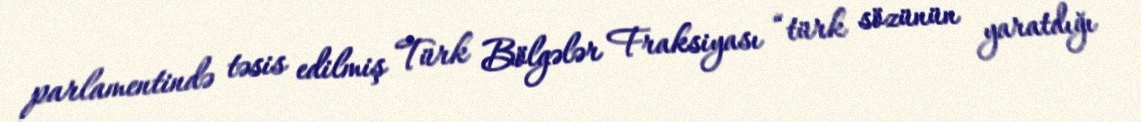
parlamentində təsis edilmiş Türk Bölgələr Fraksiyası “türk sözünün yaratdığı